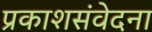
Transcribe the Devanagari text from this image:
प्रकाशसंवेदना